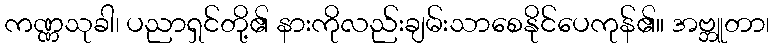
ကဏ္ဏသုခါ၊ ပညာရှင်တို့၏ နားကိုလည်းချမ်းသာစေနိုင်ပေကုန်၏။ အဗ္ဘူတာ၊